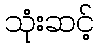
သုံးဆင့်